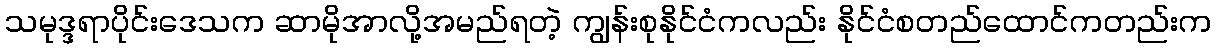
သမုဒ္ဒရာပိုင်းဒေသက ဆာမိုအာလို့အမည်ရတဲ့ ကျွန်းစုနိုင်ငံကလည်း နိုင်ငံစတည်ထောင်ကတည်းက